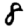
Digit: 8